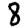
Digit: 8